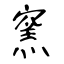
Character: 窯